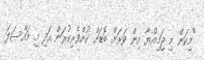
"މިކަން މި ޖަމިއްޔާ އިން ވަރަށް ބޮޑަށް ކުށްވެރިކުރަން އަދި މި މައްސަލަ